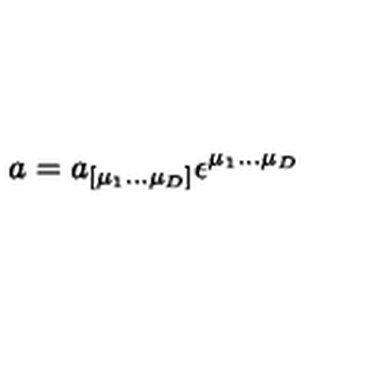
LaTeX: a = a _ { [ \mu _ { 1 } \dots \mu _ { D } ] } \epsilon ^ { \mu _ { 1 } \dots \mu _ { D } }